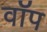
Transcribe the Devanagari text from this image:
वॉप